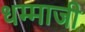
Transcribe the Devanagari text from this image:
धम्माजी